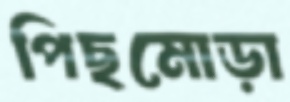
পিছমোড়া